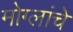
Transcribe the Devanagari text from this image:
मोग्लांचे